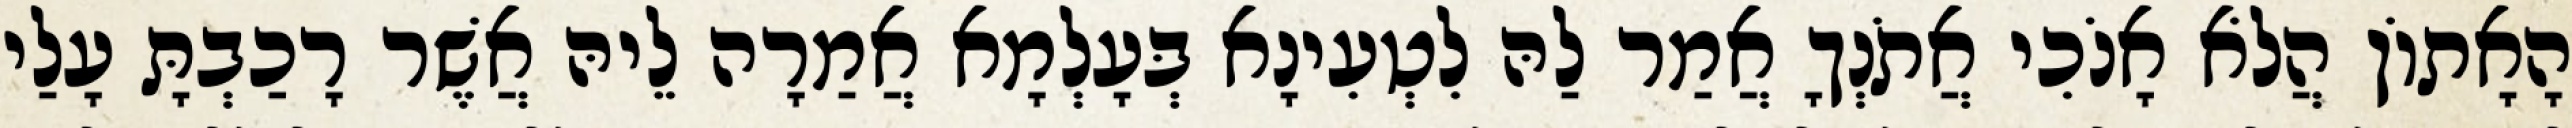
הָאָתוֹן הֲלֹא אָנֹכִי אֲתֹנְךָ אֲמַר לַהּ לִטְעִינָא בְּעָלְמָא אֲמַרָה לֵיהּ אֲשֶׁר רָכַבְתָּ עָלַי